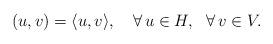
LaTeX: \begin{align*}(u,v)=\langle u,v\rangle,\ \ \ \forall\,u\in H,\ \ \forall\,v\in V.\end{align*}